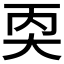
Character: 𪥇